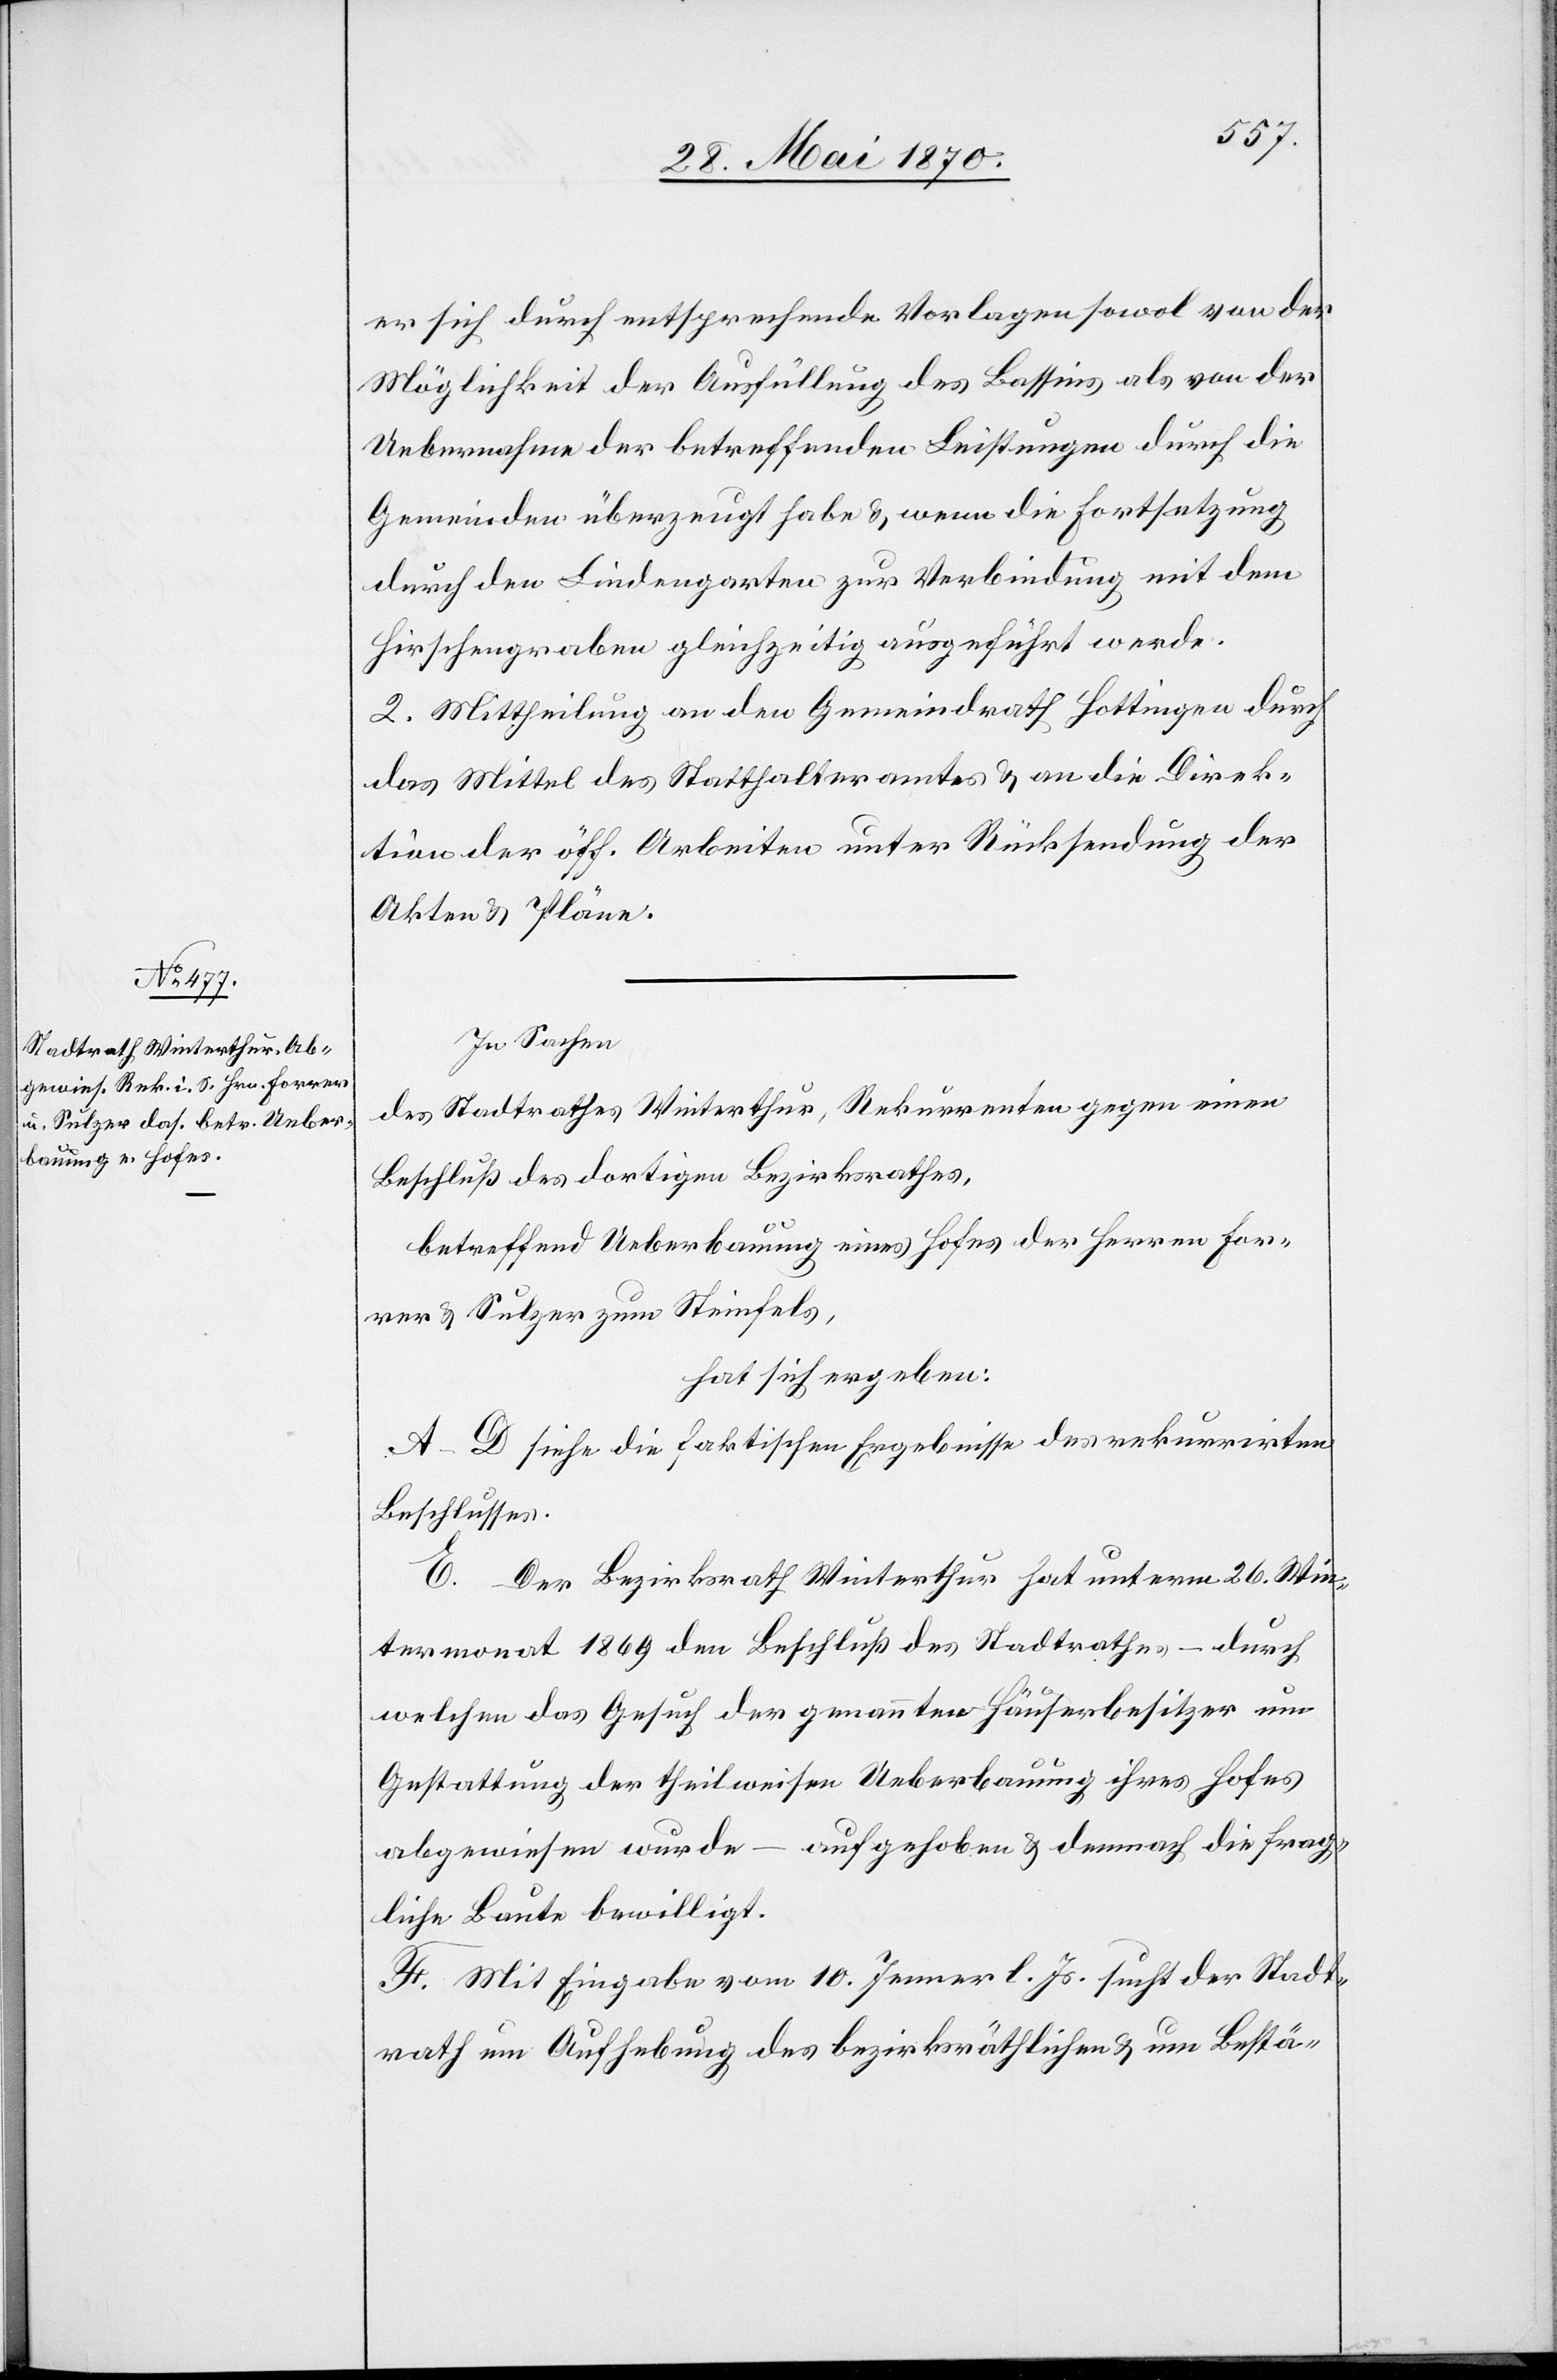
er sich durch entsprechende Vorlagen sowol von der
Möglichkeit der Ausfüllung des Bassins als von der
Uebernahme der betreffenden Leistungen durch die
Gemeinden überzeugt habe & wenn die Fortsetzung
durch den Lindengarten zur Verbindung mit dem
Hirschengraben gleichzeitig ausgeführt werde.
2. Mittheilung an den Gemeindrath Hottingen durch
das Mittel des Statthalteramtes & an die Direk¬
tion der öff. Arbeiten unter Rücksendung der
Akten & Pläne.
In Sachen
des Stadtrathes Winterthur, Rekurrenten gegen einen
Beschluß des dortigen Bezirksrathes,
betreffend Ueberbauung eines Hofes der Herren For¬
rer & Sulzer zum Steinfels,
hat sich ergeben:
A–D Siehe die faktischen Ergebnisse des rekurrirten
Beschlusses.
E. Der Bezirksrath Winterthur hat unterm 26. Win¬
termonat 1869 den Beschluß des Stadtrathes – durch
welchen das Gesuch der genannten Häuserbesitzer um
Gestattung der theilweisen Ueberbauung ihres Hofes
abgewiesen wurde – aufgehoben & demnach die frag¬
liche Baute bewilligt.
F. Mit Eingabe vom 10. Jenner l. Js. sucht der Stadt¬
rath um Aufhebung des bezirksräthlichen & um Bestä-